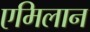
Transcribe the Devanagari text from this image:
एमिलान